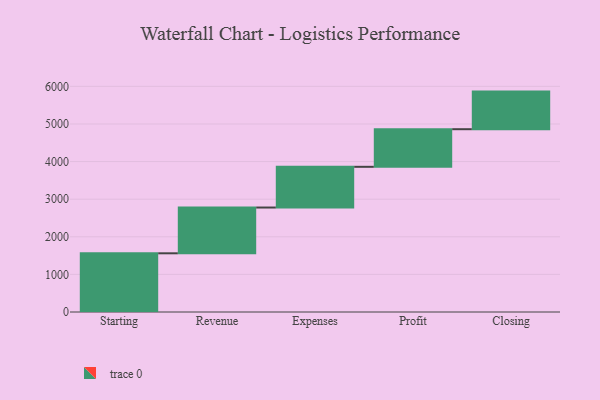
{"axis": {"x": "Step", "y": "Value"}, "legend": [""], "data": [{"x": "Starting", "y": 1561.0, "type": ""}, {"x": "Revenue", "y": 1217.0, "type": ""}, {"x": "Expenses", "y": 1083.0, "type": ""}, {"x": "Profit", "y": 1000, "type": ""}, {"x": "Closing", "y": 1000, "type": ""}]}